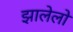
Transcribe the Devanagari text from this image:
झालेलो